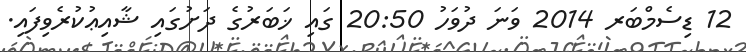
12 ޑިސެމްބަރ 2014 ވަނަ ދުވަހު 20:50 ގައި ޚަބަރުގެ ދަށުގައި ޝާއިޢުކުރެވިފައި.